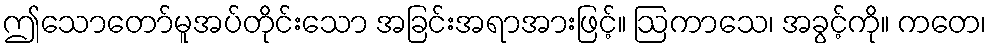
ဤသောတော်မူအပ်တိုင်းသော အခြင်းအရာအားဖြင့်။ ဩကာသေ၊ အခွင့်ကို။ ကတေ၊